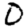
Digit: 0